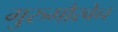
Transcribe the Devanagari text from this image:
गुरुगौरवेन